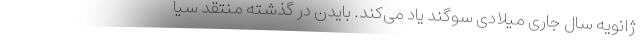
ژانویه سال جاری میلادی سوگند یاد می‌کند. بایدن در گذشته منتقد سیا